Vaccination in Burma 1900-1911 - 1900-1911
Year: 1900
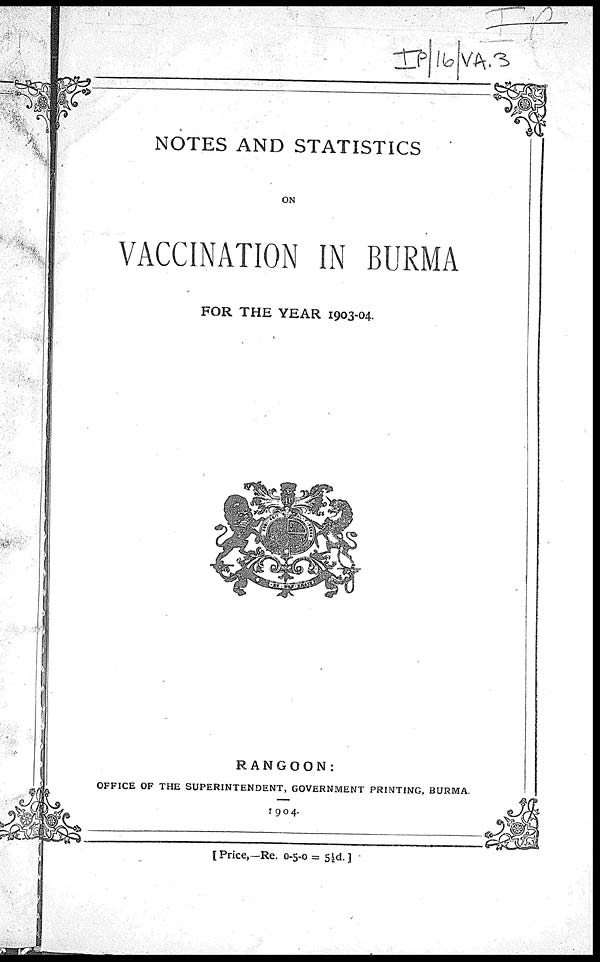
NOTES AND STATISTICS
ON
VACCINATION IN BURMA
FOR THE YEAR 1903-04.
RANGOON:
OFFICE OF THE SUPERINTENDENT, GOVERNMENT PRINTING, BURMA.
1904.
[Price,—Re. 0-5-0= 5½d.]